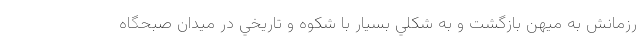
رزمانش به ميهن بازگشت و به شكلي بسيار با شكوه و تاريخي در ميدان صبحگاه